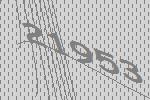
21953